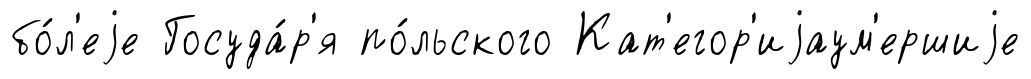
бо́л'еjе Госуда́р'я по́льского Кат'егор'иjаум'ершиjе